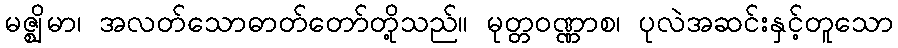
မဇ္ဈိမာ၊ အလတ်သောဓာတ်တော်တို့သည်။ မုတ္တဝဏ္ဏာစ၊ ပုလဲအဆင်းနှင့်တူသော